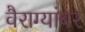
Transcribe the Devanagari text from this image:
वैराग्यांबर